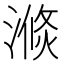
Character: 𱨕